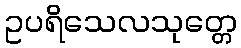
ဥပရိသေလသုတ္တေ